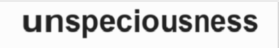
unspeciousness